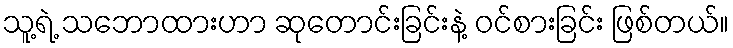
သူ့ရဲ့ သဘောထားဟာ ဆုတောင်းခြင်းနဲ့ ဝင်စားခြင်း ဖြစ်တယ်။